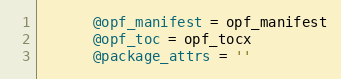
Language: Ruby
      @opf_manifest = opf_manifest
      @opf_toc = opf_tocx
      @package_attrs = ''